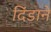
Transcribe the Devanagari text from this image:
दिंडाने